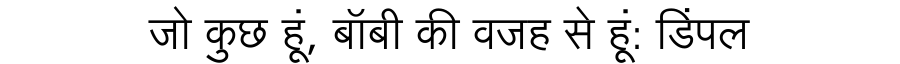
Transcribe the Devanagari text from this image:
जो कुछ हूं, बॉबी की वजह से हूं: डिंपल